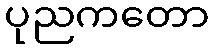
ပုညကတော